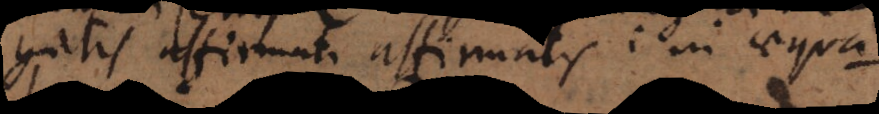
negatis, affirmati affirmatis: in aequa